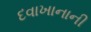
દવાખાનાની